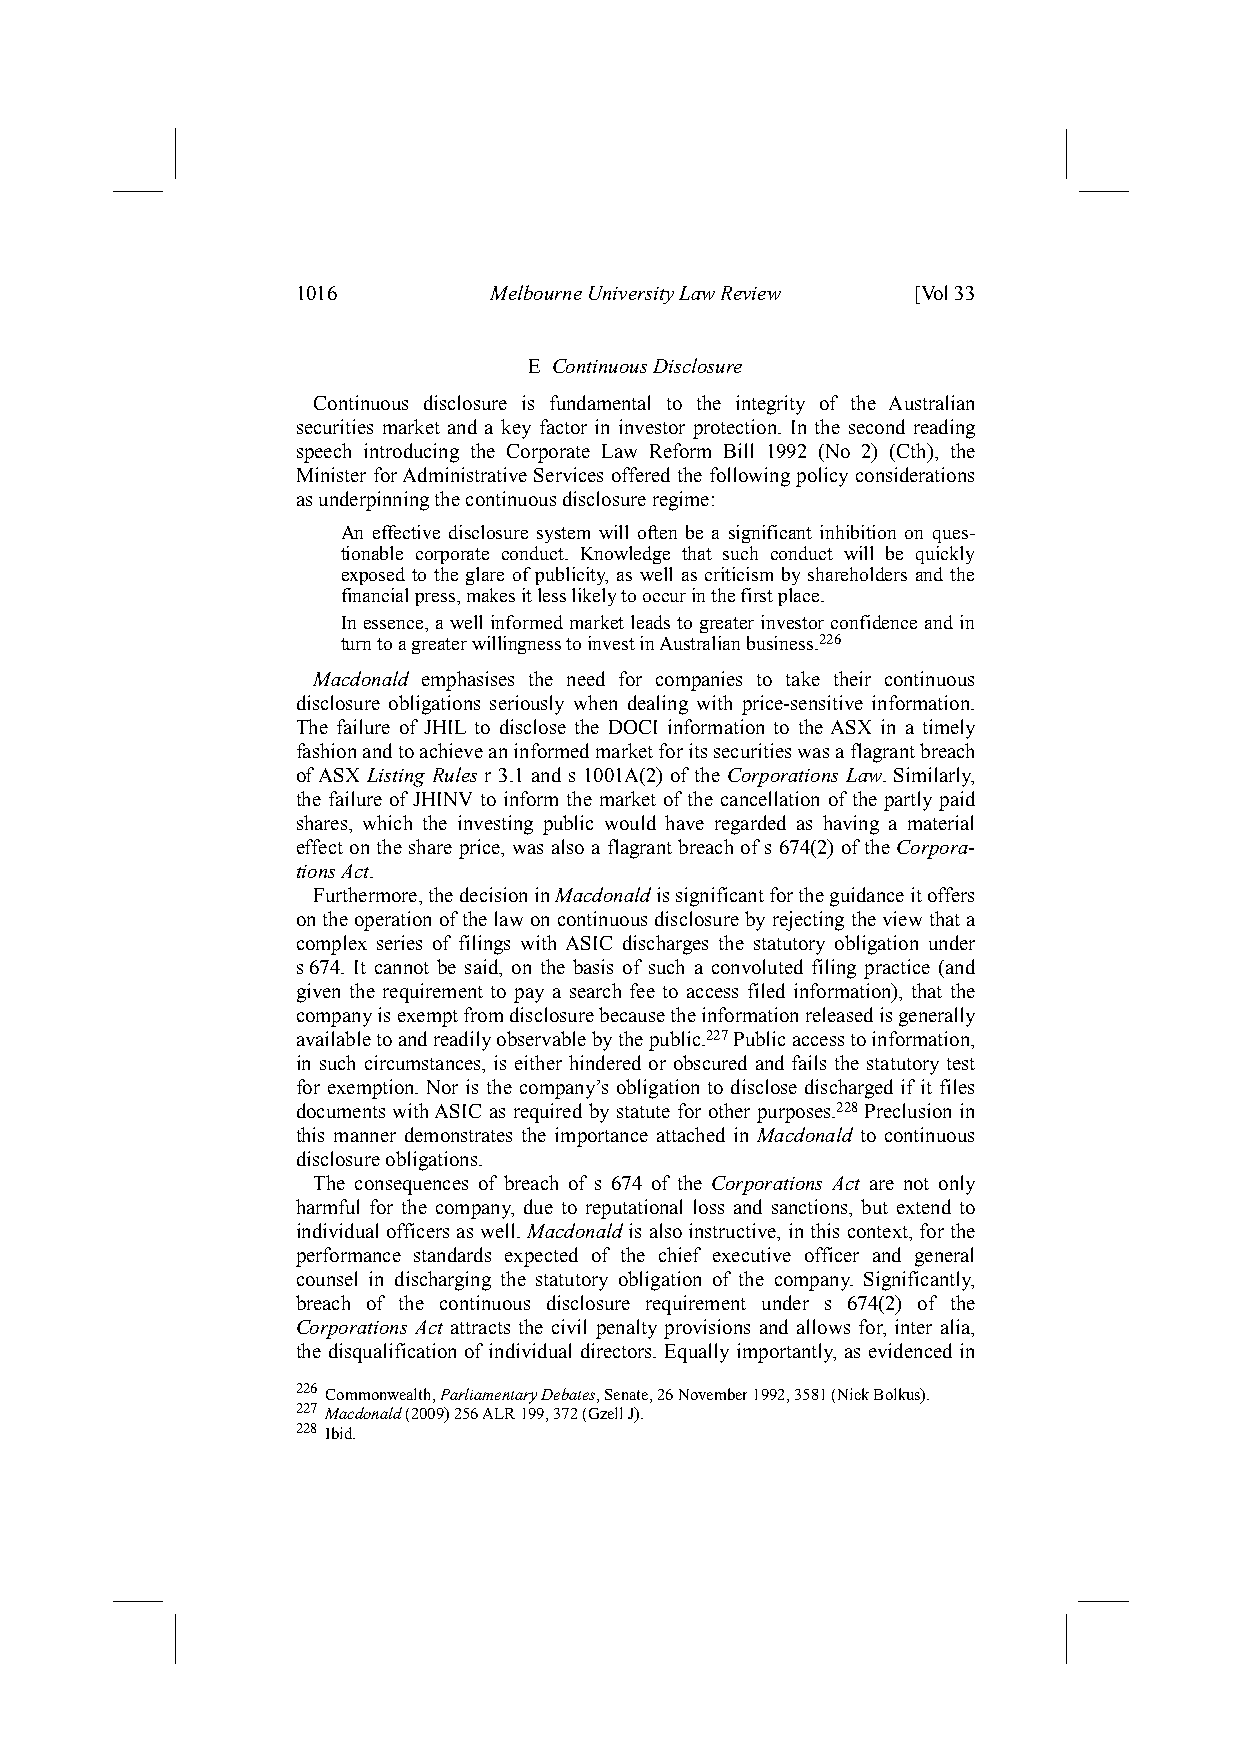
1016        Melbourne University Law Review [Vol 33
 E Continuous Disclosure
 Continuous disclosure is fundamental to the integrity of the Australian
 securities market and a key factor in investor protection. In the second reading
 speech introducing the Corporate Law Reform Bill 1992 (No 2) (Cth), the
 Minister for Administrative Services offered the following policy considerations
 as underpinning the continuous disclosure regime:
 An effective disclosure system will often be a significant inhibition on ques-
 tionable corporate conduct. Knowledge that such conduct will be quickly
 exposed to the glare of publicity, as well as criticism by shareholders and the
 financial press, makes it less likely to occur in the first place.
 In essence, a well informed market leads to greater investor confidence and in
 turn to a greater willingness to invest in Australian business.226
 Macdonald emphasises the need for companies to take their continuous
 disclosure obligations seriously when dealing with price-sensitive information.
 The failure of JHIL to disclose the DOCI information to the ASX in a timely
 fashion and to achieve an informed market for its securities was a flagrant breach
 of ASX Listing Rules r 3.1 and s 1001A(2) of the Corporations Law. Similarly,
 the failure of JHINV to inform the market of the cancellation of the partly paid
 shares, which the investing public would have regarded as having a material
 effect on the share price, was also a flagrant breach of s 674(2) of the Corpora-
 tions Act.
 Furthermore, the decision in Macdonald is significant for the guidance it offers
 on the operation of the law on continuous disclosure by rejecting the view that a
 complex series of filings with ASIC discharges the statutory obligation under
 s 674. It cannot be said, on the basis of such a convoluted filing practice (and
 given the requirement to pay a search fee to access filed information), that the
 company is exempt from disclosure because the information released is generally
 available to and readily observable by the public.227 Public access to information,
 in such circumstances, is either hindered or obscured and fails the statutory test
 for exemption. Nor is the company’s obligation to disclose discharged if it files
 documents with ASIC as required by statute for other purposes.228 Preclusion in
 this manner demonstrates the importance attached in Macdonald to continuous
 disclosure obligations.
 The consequences of breach of s 674 of the Corporations Act are not only
 harmful for the company, due to reputational loss and sanctions, but extend to
 individual officers as well. Macdonald is also instructive, in this context, for the
 performance standards expected of the chief executive officer and general
 counsel in discharging the statutory obligation of the company. Significantly,
 breach of the continuous disclosure requirement under s 674(2) of the
 Corporations Act attracts the civil penalty provisions and allows for, inter alia,
 the disqualification of individual directors. Equally importantly, as evidenced in
 226 Commonwealth, Parliamentary Debates, Senate, 26 November 1992, 3581 (Nick Bolkus).
 227 Macdonald (2009) 256 ALR 199, 372 (Gzell J).
 228 Ibid.